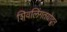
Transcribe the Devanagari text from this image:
शिवलिंगतयोद्रूत